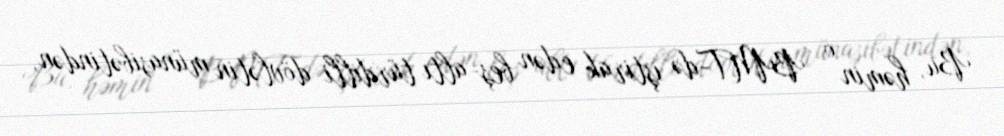
Bu, həmin o BMT-də iştirak edən beş-altı türdilli dövlətin münasibətindən,